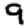
Digit: 9